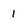
Character: 1